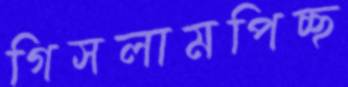
গিসলামপিচ্ছ